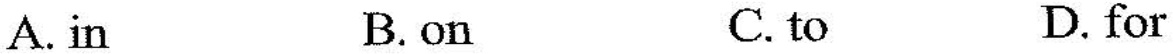
A. in B. on C. to D. for